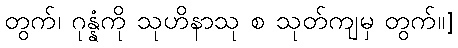
တွက်၊ ဂုန္နံကို သုဟိနာသု စ သုတ်ကျမှ တွက်။]